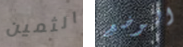
الثمين الوضع